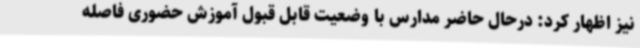
نیز اظهار کرد: درحال حاضر مدارس با وضعیت قابل قبول آموزش حضوری فاصله